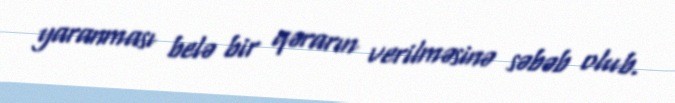
yaranması belə bir qərarın verilməsinə səbəb olub.